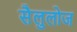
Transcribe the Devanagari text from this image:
सैलुलोज